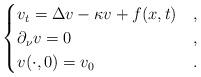
LaTeX: \begin{align*} \begin{cases} v_t = \Delta v - \kappa v + f(x, t) & , \\ \partial_\nu v = 0 & , \\ v(\cdot, 0) = v_0 & . \end{cases}\end{align*}